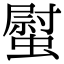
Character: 螱